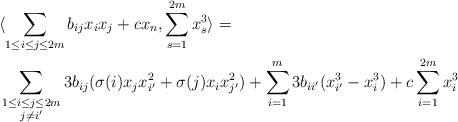
LaTeX: \begin{align*}& \langle \sum_{1\leq i\leq j\leq 2m}b_{ij}x_ix_j+cx_n,\sum_{s=1}^{2m}x_s^3\rangle =\\&\sum_{\substack{1\leq i\leq j\leq 2m \\ j\neq i'}}3b_{ij}(\sigma(i)x_jx_{i'}^2+\sigma(j)x_ix_{j'}^2)+\sum_{i=1}^m 3b_{ii'}(x_{i'}^3-x_i^3)+c\sum_{i=1}^{2m} x_i^3 \end{align*}